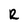
Character: R